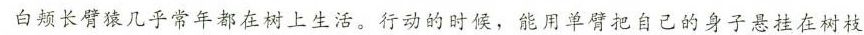
白颊长臂猿几乎常年都在树上生活。行动的时候，能用单臂把自己的身子悬挂在树枝